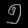
Digit: ၅